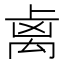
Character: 𥜾